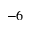
^ { - 6 }